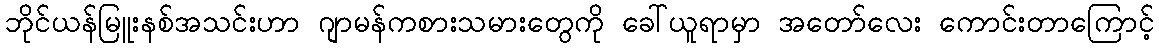
ဘိုင်ယန်မြူးနစ်အသင်းဟာ ဂျာမန်ကစားသမားတွေကို ခေါ်ယူရာမှာ အတော်လေး ကောင်းတာကြောင့်